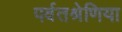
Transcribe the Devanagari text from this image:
पर्वतश्रेणिया